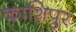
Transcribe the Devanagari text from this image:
काशिपुर